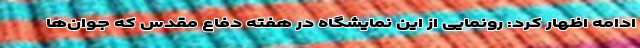
ادامه اظهار کرد: رونمایی از این نمایشگاه در هفته دفاع مقدس که جوان‌ها